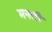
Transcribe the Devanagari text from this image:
मनती